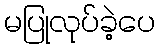
မပြုလုပ်ခဲ့ပေ